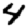
Digit: 4